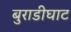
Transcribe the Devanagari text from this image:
बुराडीघाट